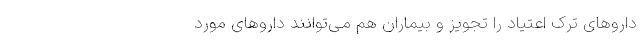
دارو‌های ترک اعتیاد را تجویز و بیماران هم می‌توانند دارو‌های مورد